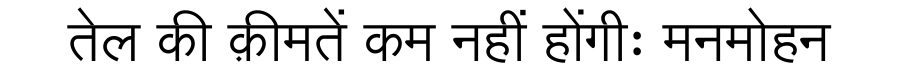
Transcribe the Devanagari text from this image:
तेल की क़ीमतें कम नहीं होंगीः मनमोहन